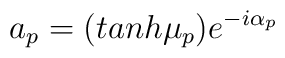
a_p=\bigl(tanh\mu_p \bigr) e^{-i\alpha_p}